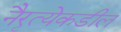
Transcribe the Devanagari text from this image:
नैरृत्येकडील